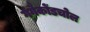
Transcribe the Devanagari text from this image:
गंगैकोंडचोल